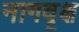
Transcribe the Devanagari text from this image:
नागवृक्ष